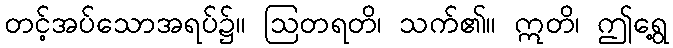
တင့်အပ်သောအရပ်၌။ ဩတရတိ၊ သက်၏။ ဣတိ၊ ဤရွေ့